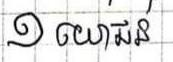
១ យោជន៍